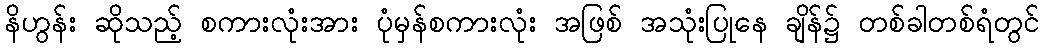
နိဟွန်း ဆိုသည့် စကားလုံးအား ပုံမှန်စကားလုံး အဖြစ် အသုံးပြုနေ ချိန်၌ တစ်ခါတစ်ရံတွင်